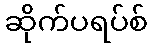
ဆိုက်ပရပ်စ်